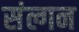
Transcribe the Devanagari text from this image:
संल्गन